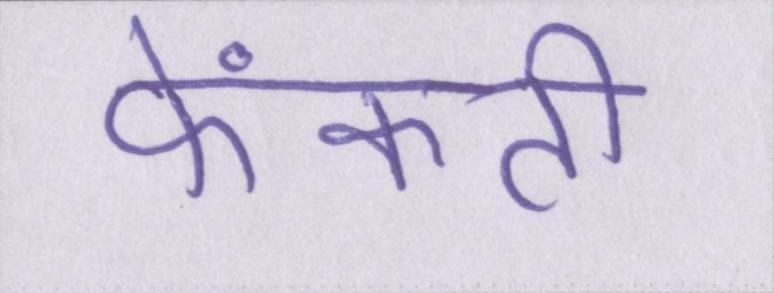
फेंकती